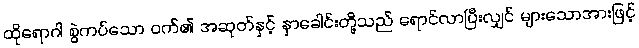
ထိုရောဂါ စွဲကပ်သော ဝက်၏ အဆုတ်နှင့် နှာခေါင်းတို့သည် ရောင်လာပြီးလျှင် များသောအားဖြင့်